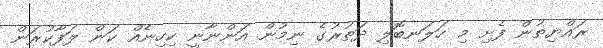
ރައްޔިތުން ފެށި މި ހަލަނބޮލި ދަތުރުގެ ނިމުން އަންނާނީ ކިހިނެއް ކަން ލަފާކުރަން